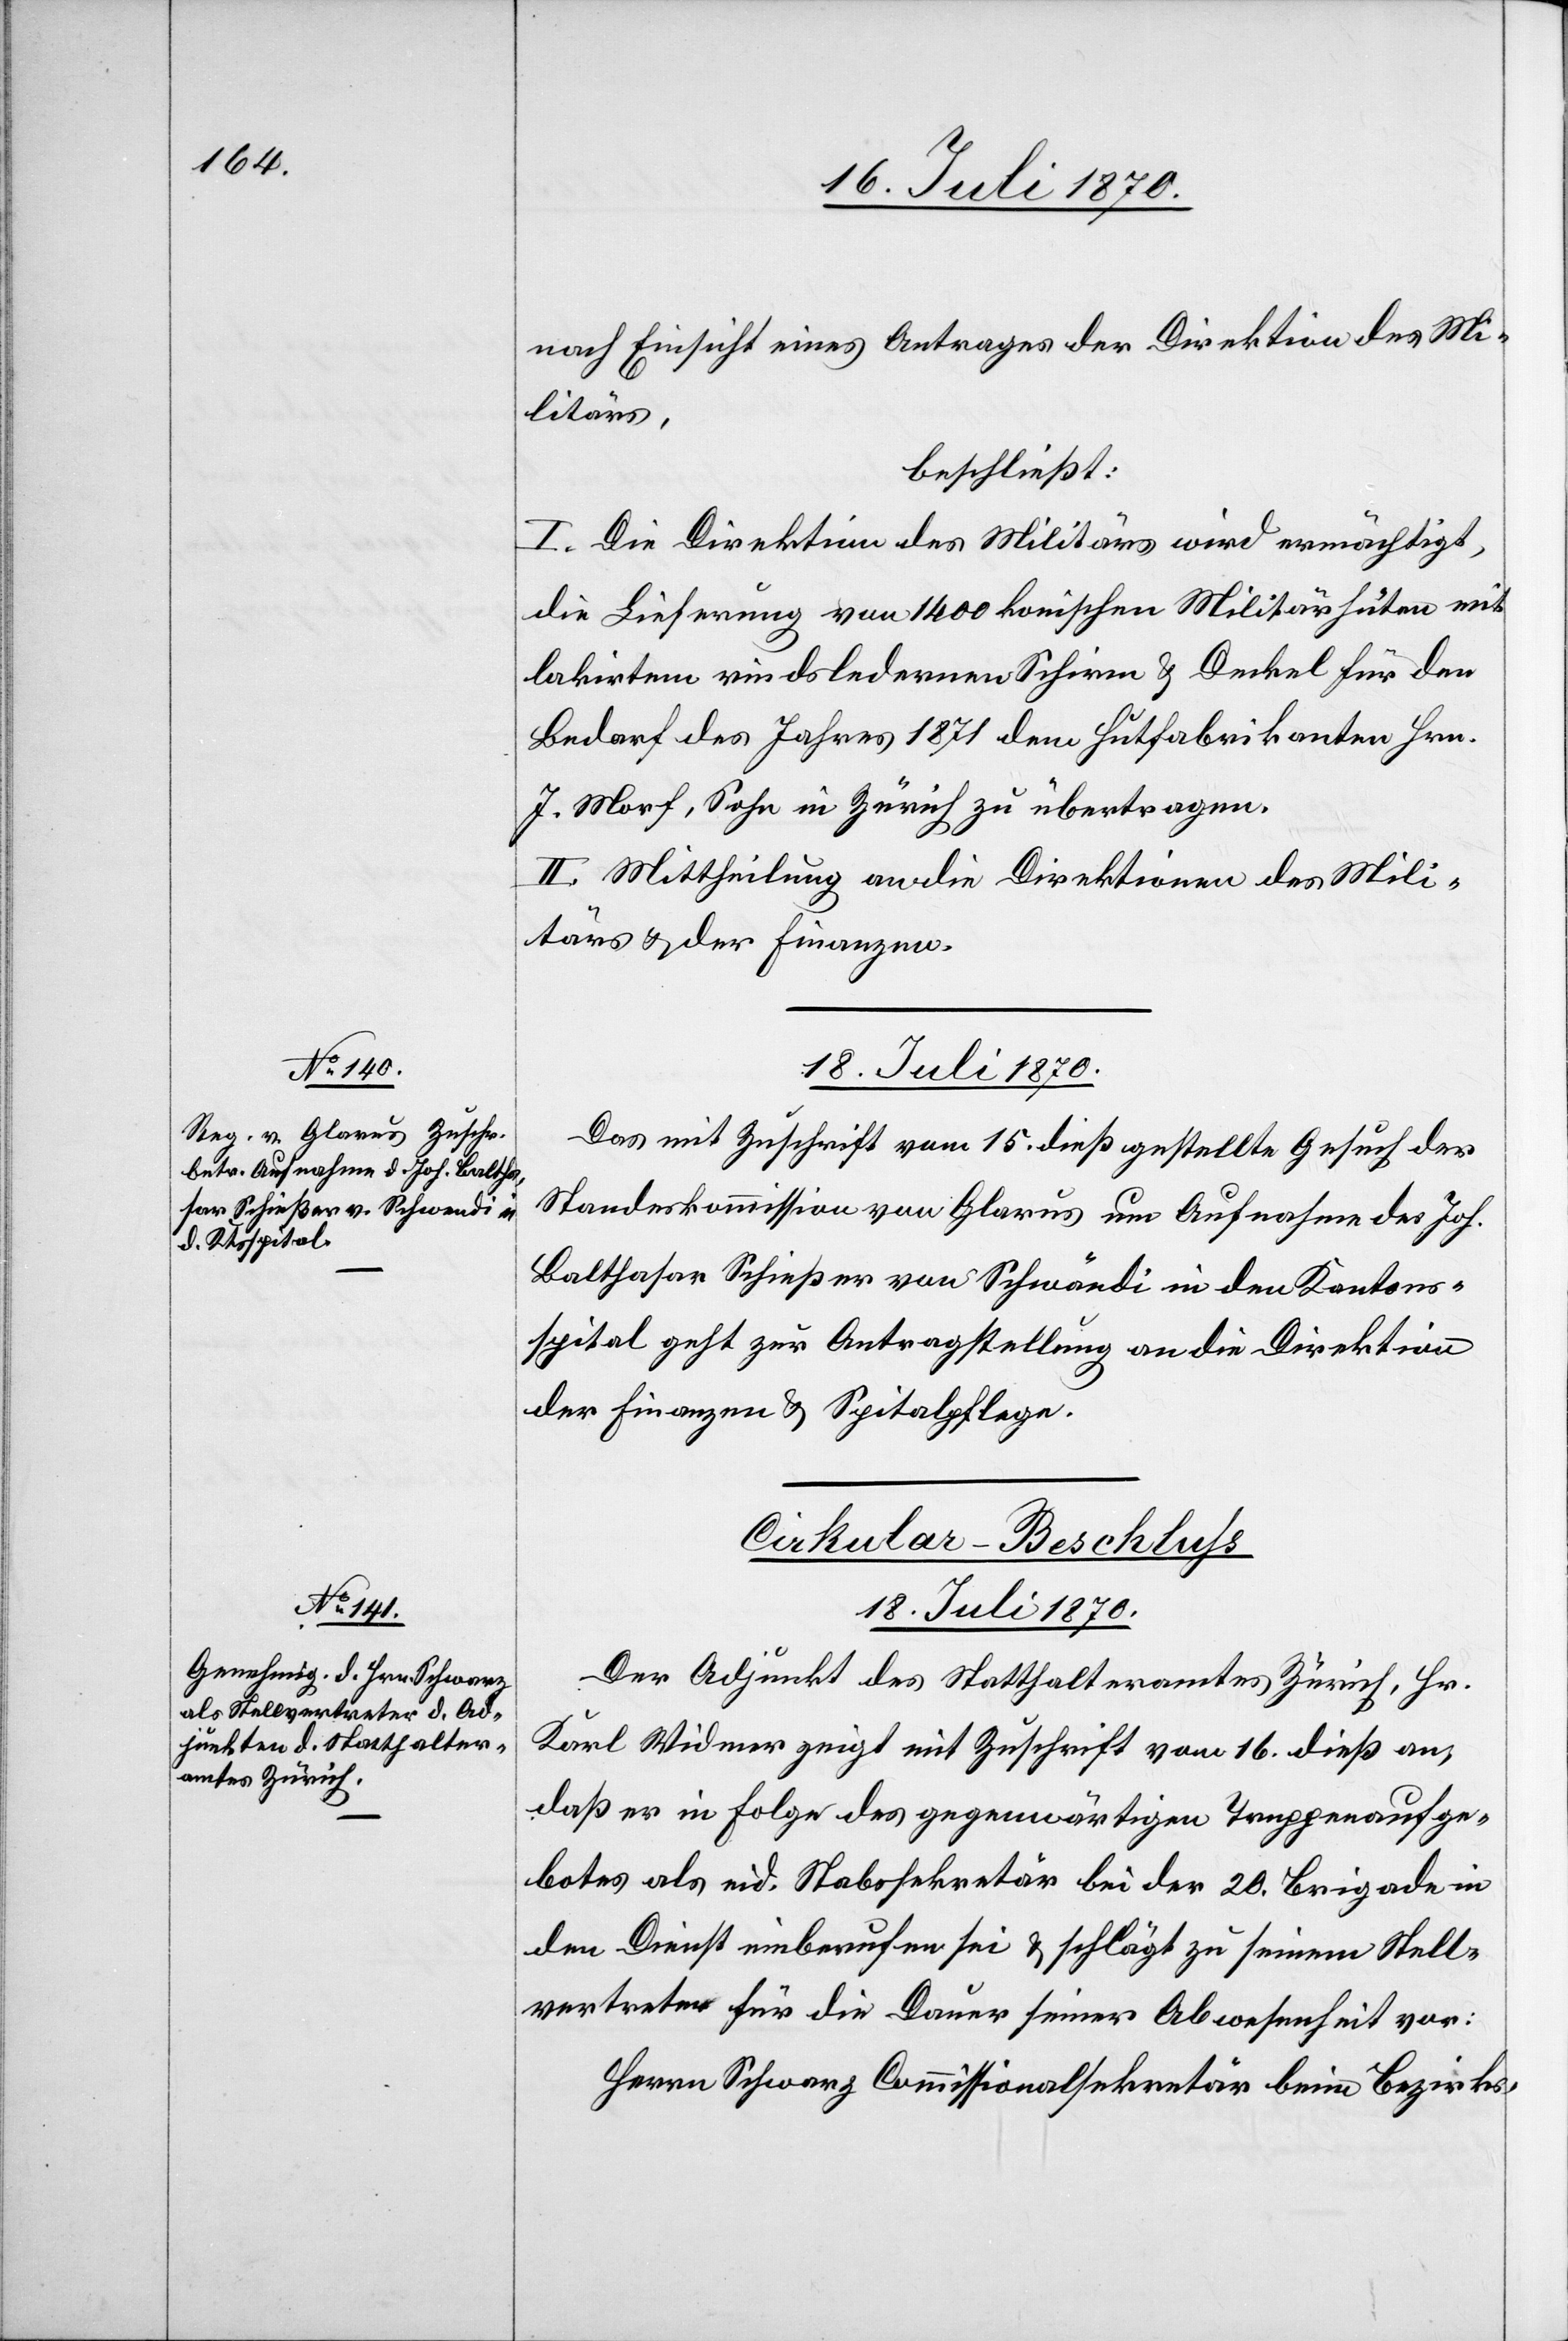
rtreter

nach Einsicht eines Antrages der Direktion des Mi¬
litärs,
beschließt:
I. Die Direktion des Militärs wird ermächtigt,
die Lieferung von 1400 konischen Militärhüten mit
lakirtem rindsledernen Schirm & Deckel für den
Bedarf des Jahres 1871 dem Hutfabrikanten Hrn.
J. Morf, Sohn in Zürich zu übertragen.
II. Mittheilung an die Direktionen des Mili¬
tärs & der Finanzen.
18. Juli 1870.
Das mit Zuschrift vom 15. dieß gestellte Gesuch der
Standeskommission von Glarus um Aufnahme des Joh.
Balthasar Schießer von Schwändi [sic!] in den Kantons¬
spital geht zur Antragstellung an die Direktion
der Finanzen & Spitalpflege.
Cirkular-Beschluss
18. Juli 1870.
Der Adjunkt des Statthalteramtes Zürich, Hr.
Karl Widmer zeigt mit Zuschrift vom 16. dieß an,
daß er in Folge des gegenwärtigen Truppenaufge¬
botes als eid. Stabssekretär bei der 20. Brigade in
den Dienst einberufen sei & schlägt zu seinem Stellve¬
Herrn Schwarz Commissionalsekretär beim Bezirks-